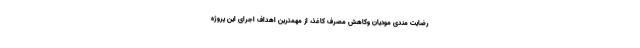
رضایت مندی مودیان وکاهش مصرف کاغذ، از مهمترین اهداف اجرای این پروژه